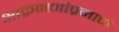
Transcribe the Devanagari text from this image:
आक्रमणांप्रमाणे